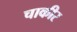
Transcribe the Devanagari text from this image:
चाकीर